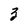
Character: 3